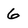
Character: 6